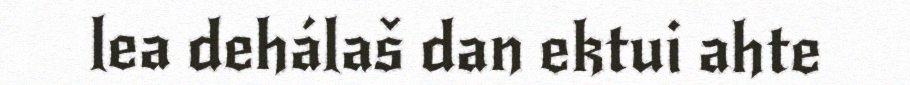
lea dehálaš dan ektui ahte